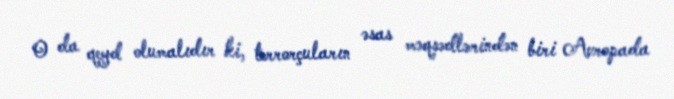
O da qeyd olumalıdır ki, terrorçuların əsas məqsədlərindən biri Avropada